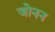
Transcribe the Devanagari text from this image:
जोनन